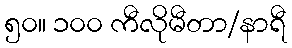
၅၀။ ၁၀၀ ကီလိုမီတာ/နာရီ